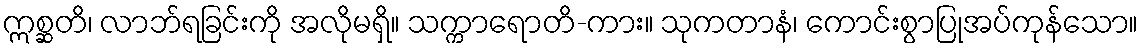
ဣစ္ဆတိ၊ လာဘ်ရခြင်းကို အလိုမရှိ။ သက္ကာရောတိ-ကား။ သုကတာနံ၊ ကောင်းစွာပြုအပ်ကုန်သော။